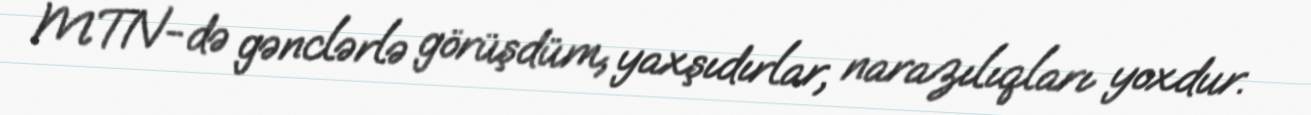
MTN-də gənclərlə görüşdüm, yaxşıdırlar, narazılıqları yoxdur.